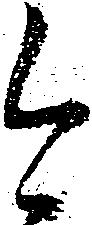
今